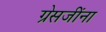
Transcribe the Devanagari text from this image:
ग्रेसजींना